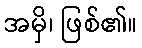
အမှိ၊ ဖြစ်၏။